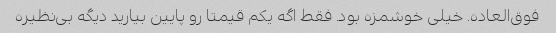
فوق‌العاده. خیلی خوشمزه بود. فقط اگه یکم قیمتا رو پایین بیارید دیگه بی‌نظیره